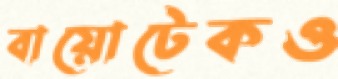
বায়োটেকও